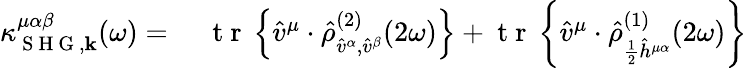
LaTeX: \begin{array}{rl}{\kappa_{\mathrm{~S~H~G~},\mathbf{k}}^{\mu\alpha\beta}(\omega)=\, \, }&{{}\mathrm{~t~r~}\left\{ \hat{v}^{\mu}\cdot\hat{\rho}_{\hat{v}^{\alpha},\hat{v}^{\beta}}^{(2)}(2\omega)\right\} +\mathrm{~t~r~}\left\{ \hat{v}^{\mu}\cdot\hat{\rho}_{\frac{1}{2}\hat{h}^{\mu\alpha}}^{(1)}(2\omega)\right\} }\end{array}